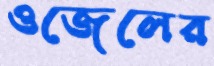
ওজেলের